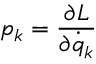
p _ { k } = { \frac { \partial L } { \partial { \dot { q } } _ { k } } }